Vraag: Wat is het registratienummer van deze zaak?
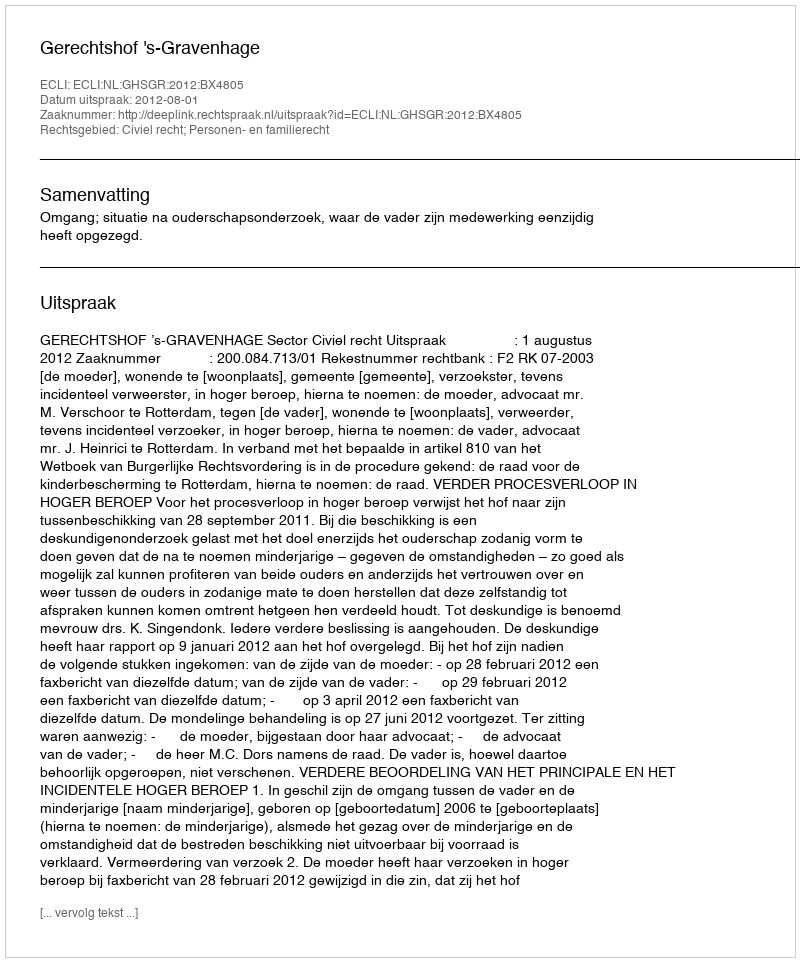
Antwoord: http://deeplink.rechtspraak.nl/uitspraak?id=ECLI:NL:GHSGR:2012:BX4805